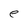
Character: e